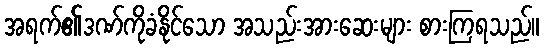
အရက်၏ဒဏ်ကိုခံနိုင်သော အသည်းအားဆေးများ စားကြရသည်။